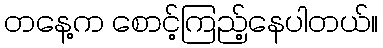
တနေ့က စောင့်ကြည့်နေပါတယ်။